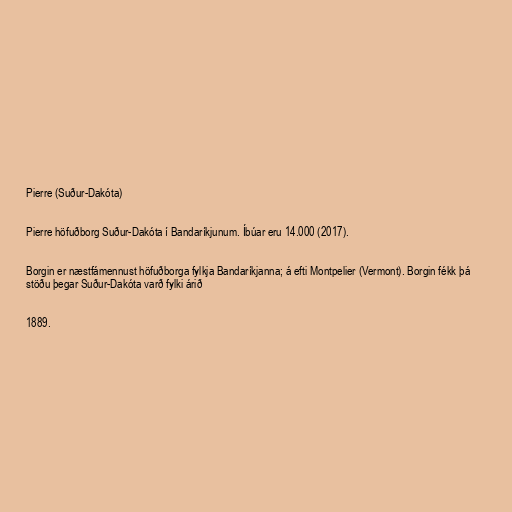
Pierre (Suður-Dakóta)

Pierre höfuðborg Suður-Dakóta í Bandaríkjunum. Íbúar eru 14.000 (2017).

Borgin er næstfámennust höfuðborga fylkja Bandaríkjanna; á efti Montpelier (Vermont). Borgin fékk þá
stöðu þegar Suður-Dakóta varð fylki árið

1889.